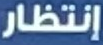
إنتظار